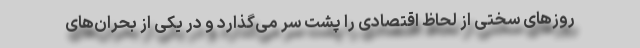
روزهای سختی از لحاظ اقتصادی را پشت سر می‌گذارد و در یکی از بحران‌های